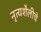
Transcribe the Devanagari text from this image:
नृत्यशैलीचे